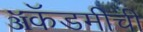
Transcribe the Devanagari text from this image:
ॲकॅडमीची